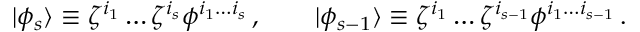
| \phi _ { s } \rangle \equiv \zeta ^ { i _ { 1 } } \ldots \zeta ^ { i _ { s } } \phi ^ { i _ { 1 } \ldots i _ { s } } \, , \qquad | \phi _ { s - 1 } \rangle \equiv \zeta ^ { i _ { 1 } } \ldots \zeta ^ { i _ { s - 1 } } \phi ^ { i _ { 1 } \ldots i _ { s - 1 } } \, .